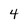
Character: 4